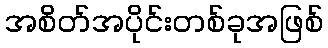
အစိတ်အပိုင်းတစ်ခုအဖြစ်